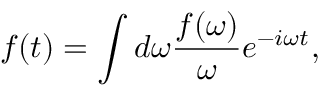
f ( t ) = \int { d \omega { \frac { f ( \omega ) } { \omega } } e ^ { - i \omega t } } ,